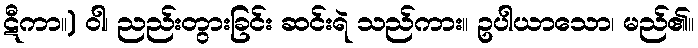
ဋီကာ။) ဝါ၊ ညည်းတွားခြင်း ဆင်းရဲ သည်ကား။ ဥပါယာသော၊ မည်၏။